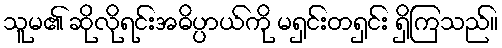
သူမ၏ ဆိုလိုရင်းအဓိပ္ပာယ်ကို မရှင်းတရှင်း ရှိကြသည်။